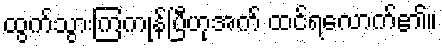
ထွက်သွားကြကုန်ပြီဟုအက် ထင်ရလောက်၏။